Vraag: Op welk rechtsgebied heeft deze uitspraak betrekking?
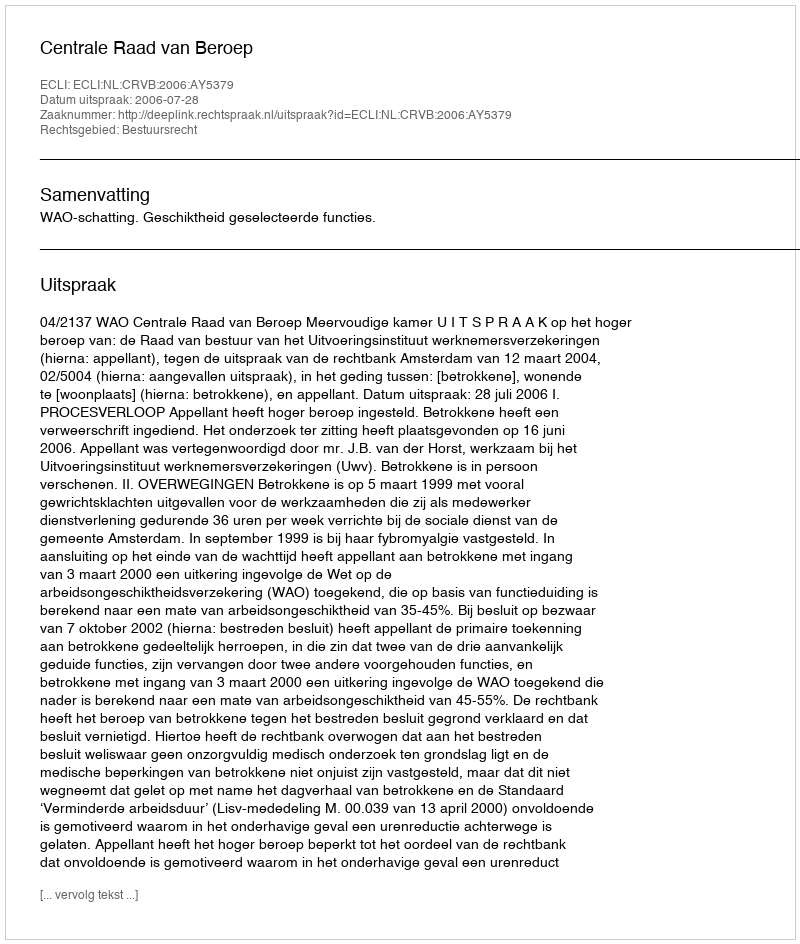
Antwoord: Bestuursrecht